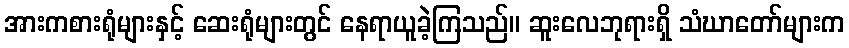
အားကစားရုံများနှင့် ဆေးရုံများတွင် နေရာယူခဲ့ကြသည်။ ဆူးလေဘုရားရှိ သံဃာတော်များက